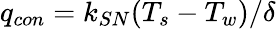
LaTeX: q_{con}=k_{SN}(T_{s}-T_{w})/\delta